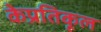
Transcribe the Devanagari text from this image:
केप्रतिकूल